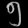
Digit: ၅